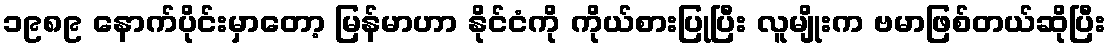
၁၉၈၉ နောက်ပိုင်းမှာတော့ မြန်မာဟာ နိုင်ငံကို ကိုယ်စားပြုပြီး လူမျိုးက ဗမာဖြစ်တယ်ဆိုပြီး